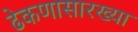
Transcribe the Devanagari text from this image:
ढेकणासारख्या